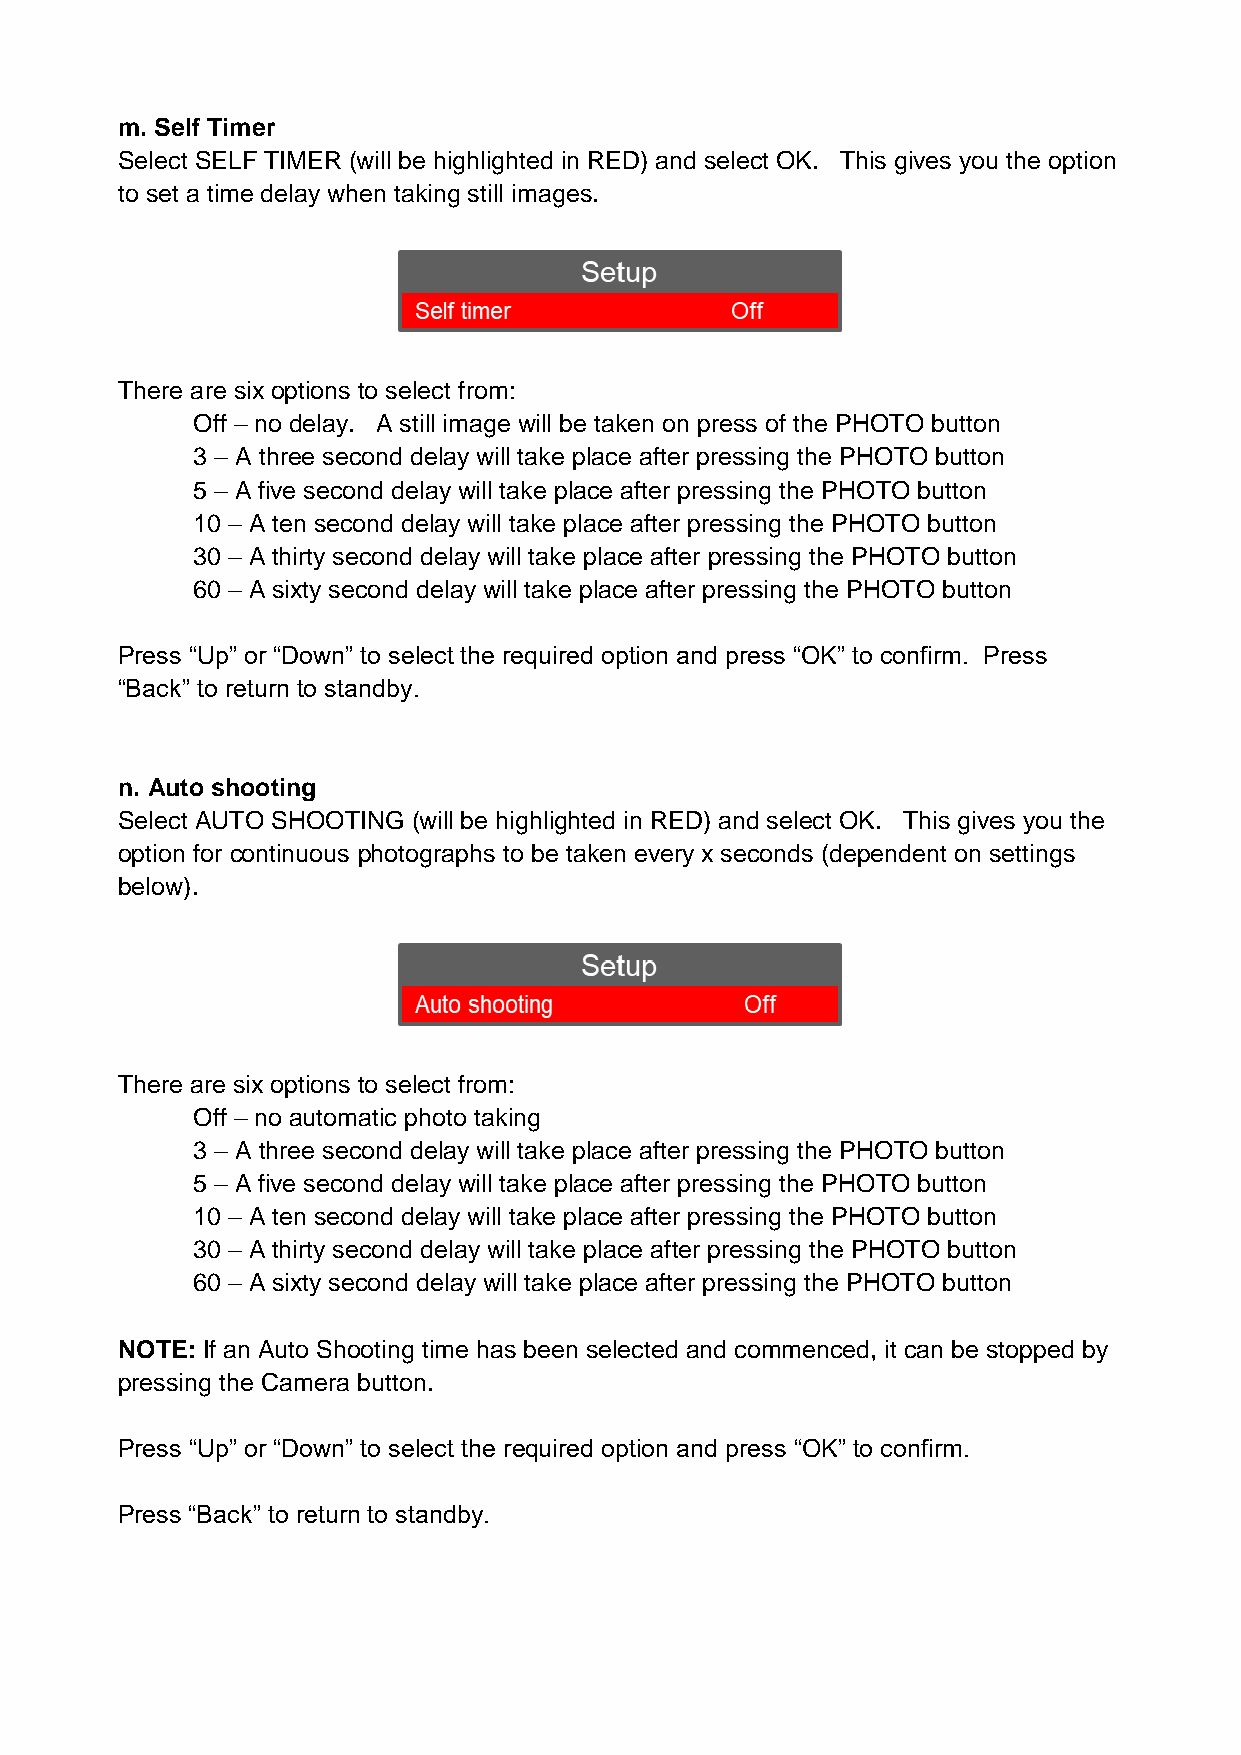
m. Self Timer
 Select SELF TIMER (will be highlighted in RED) and select OK. This gives you the option
 to set a time delay when taking still images.
 There are six options to select from:
 Off – no delay. A still image will be taken on press of the PHOTO button
 3 – A three second delay will take place after pressing the PHOTO button
 5 – A five second delay will take place after pressing the PHOTO button
 10 – A ten second delay will take place after pressing the PHOTO button
 30 – A thirty second delay will take place after pressing the PHOTO button
 60 – A sixty second delay will take place after pressing the PHOTO button
 Press “Up” or “Down” to select the required option and press “OK” to confirm. Press
 “Back” to return to standby.
 n. Auto shooting
 Select AUTO SHOOTING (will be highlighted in RED) and select OK. This gives you the
 option for continuous photographs to be taken every x seconds (dependent on settings
 below).
 There are six options to select from:
 Off – no automatic photo taking
 3 – A three second delay will take place after pressing the PHOTO button
 5 – A five second delay will take place after pressing the PHOTO button
 10 – A ten second delay will take place after pressing the PHOTO button
 30 – A thirty second delay will take place after pressing the PHOTO button
 60 – A sixty second delay will take place after pressing the PHOTO button
 NOTE: If an Auto Shooting time has been selected and commenced, it can be stopped by
 pressing the Camera button.
 Press “Up” or “Down” to select the required option and press “OK” to confirm.
 Press “Back” to return to standby.